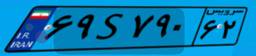
۶۹S۷۹۰۶۲